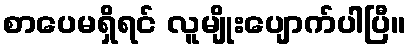
စာပေမရှိရင် လူမျိုးပျောက်ပါပြီ။